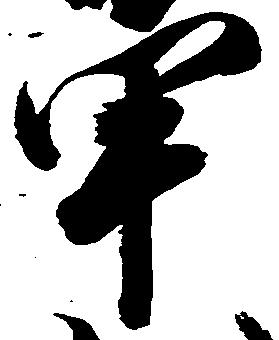
甲